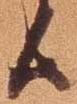
候